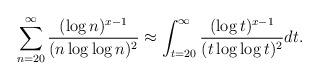
LaTeX: \begin{align*}\sum_{n=20}^\infty \frac{(\log n)^{x-1}}{(n\log \log n)^2}\approx\int_{t=20}^\infty \frac{(\log t)^{x-1}}{(t \log \log t)^2}dt.\end{align*}